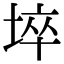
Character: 埣